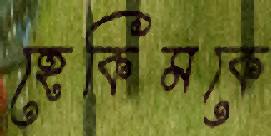
হেকিমকে